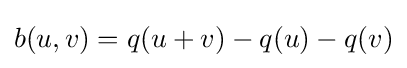
b(u,v)=q(u+v)-q(u)-q(v)